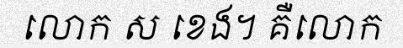
លោក ស ខេង។ គឺលោក